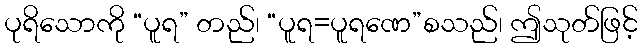
ပုရိသောကို “ပူရ” တည်၊ “ပူရ=ပူရဏေ”စသည်၊ ဤသုတ်ဖြင့်